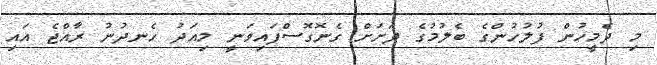
މި ދެމީހުން ފުލުހުންގެ ބެލުމުގެ ދަށަށް ގެނޮގޮސްފައިވަނީ މިއަދު ހެނދުނު ރާއްޖެ އައި